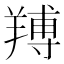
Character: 䍸